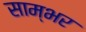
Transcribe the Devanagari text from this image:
साम्‍भर